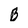
Character: B